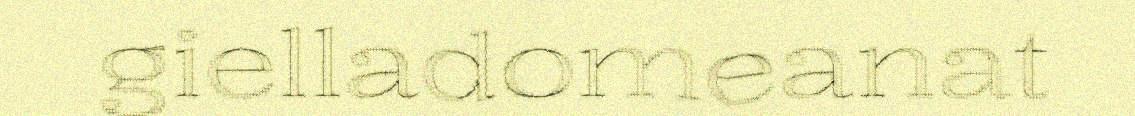
gielladomeanat